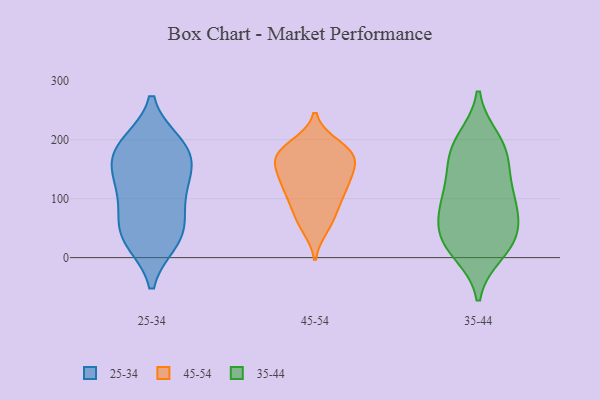
{"axis": {"x": "Shipments", "y": "Value"}, "legend": ["25-34", "35-44", "45-54"], "data": [{"x": "", "y": 57, "type": "25-34"}, {"x": "", "y": 44, "type": "25-34"}, {"x": "", "y": 179, "type": "25-34"}, {"x": "", "y": 92, "type": "25-34"}, {"x": "", "y": 30, "type": "25-34"}, {"x": "", "y": 122, "type": "25-34"}, {"x": "", "y": 152, "type": "25-34"}, {"x": "", "y": 171, "type": "25-34"}, {"x": "", "y": 123, "type": "25-34"}, {"x": "", "y": 191, "type": "25-34"}, {"x": "", "y": 29, "type": "25-34"}, {"x": "", "y": 192, "type": "25-34"}, {"x": "", "y": 81, "type": "45-54"}, {"x": "", "y": 175, "type": "45-54"}, {"x": "", "y": 155, "type": "45-54"}, {"x": "", "y": 127, "type": "45-54"}, {"x": "", "y": 122, "type": "45-54"}, {"x": "", "y": 164, "type": "45-54"}, {"x": "", "y": 190, "type": "45-54"}, {"x": "", "y": 61, "type": "45-54"}, {"x": "", "y": 178, "type": "45-54"}, {"x": "", "y": 135, "type": "45-54"}, {"x": "", "y": 52, "type": "45-54"}, {"x": "", "y": 114, "type": "45-54"}, {"x": "", "y": 169, "type": "45-54"}, {"x": "", "y": 181, "type": "45-54"}, {"x": "", "y": 97, "type": "45-54"}, {"x": "", "y": 40, "type": "35-44"}, {"x": "", "y": 10, "type": "35-44"}, {"x": "", "y": 176, "type": "35-44"}, {"x": "", "y": 104, "type": "35-44"}, {"x": "", "y": 22, "type": "35-44"}, {"x": "", "y": 199, "type": "35-44"}, {"x": "", "y": 30, "type": "35-44"}, {"x": "", "y": 192, "type": "35-44"}, {"x": "", "y": 37, "type": "35-44"}, {"x": "", "y": 80, "type": "35-44"}, {"x": "", "y": 92, "type": "35-44"}, {"x": "", "y": 136, "type": "35-44"}, {"x": "", "y": 165, "type": "35-44"}, {"x": "", "y": 90, "type": "35-44"}]}